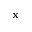
\mathbf { x }